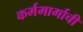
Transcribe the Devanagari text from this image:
कर्ममार्गाची